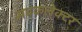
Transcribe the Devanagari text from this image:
सब्‌कलेक्टर